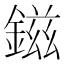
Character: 鎡